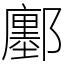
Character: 鄽